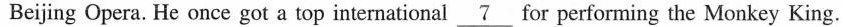
Beijing Opera. He once got a top international \underline{7 } for performing the Monkey King.